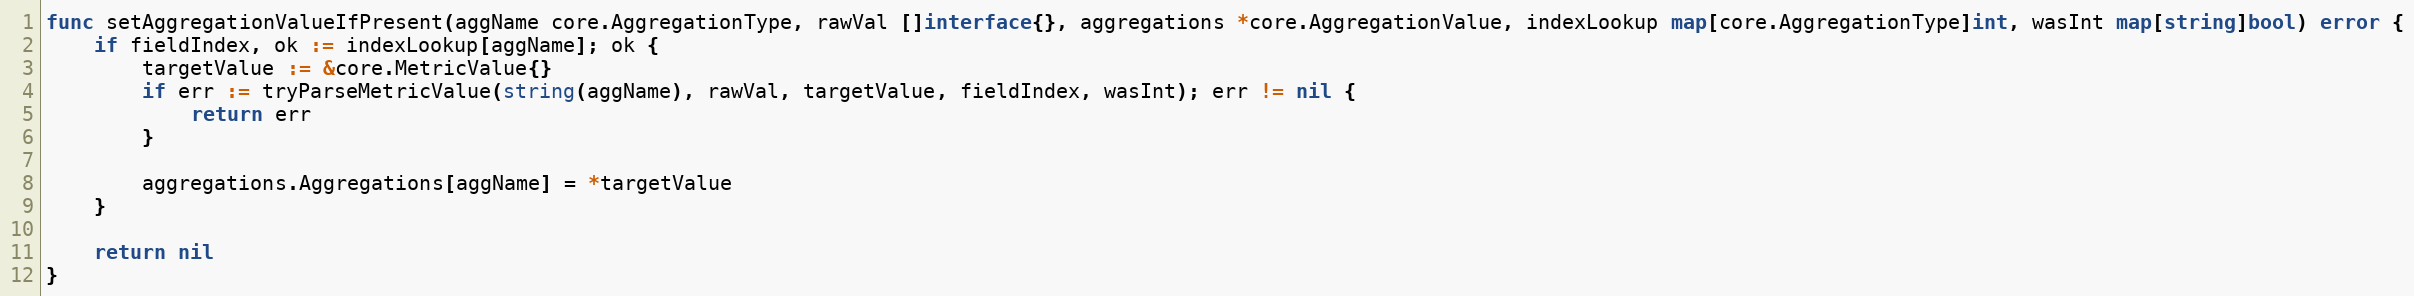
Language: Go
func setAggregationValueIfPresent(aggName core.AggregationType, rawVal []interface{}, aggregations *core.AggregationValue, indexLookup map[core.AggregationType]int, wasInt map[string]bool) error {
	if fieldIndex, ok := indexLookup[aggName]; ok {
		targetValue := &core.MetricValue{}
		if err := tryParseMetricValue(string(aggName), rawVal, targetValue, fieldIndex, wasInt); err != nil {
			return err
		}

		aggregations.Aggregations[aggName] = *targetValue
	}

	return nil
}